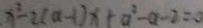
x ^ { 2 } - 2 ( a - 1 ) x + a ^ { 2 } - a - 2 = 0